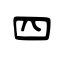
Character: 四